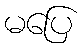
မပြေ